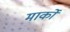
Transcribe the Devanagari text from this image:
मार्को